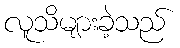
လူသိများခဲ့သည်